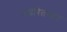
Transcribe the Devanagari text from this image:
उच्चरितमात्र